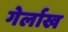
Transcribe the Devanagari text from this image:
गेर्लाख